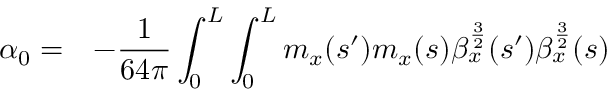
\begin{array} { c l } { \displaystyle \alpha _ { 0 } = } & { \displaystyle - \frac { 1 } { 6 4 \pi } \int _ { 0 } ^ { L } { \int _ { 0 } ^ { L } { m _ { x } ( s ^ { \prime } ) m _ { x } ( s ) \beta _ { x } ^ { \frac { 3 } { 2 } } ( s ^ { \prime } ) \beta _ { x } ^ { \frac { 3 } { 2 } } ( s ) } } } \end{array}